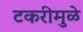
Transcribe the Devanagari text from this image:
टकरीमुळे